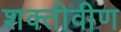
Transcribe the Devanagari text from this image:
शक्तीवीण